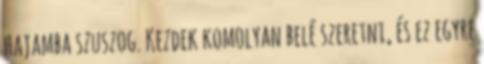
hajamba szuszog. Kezdek komolyan belé szeretni, és ez egyre